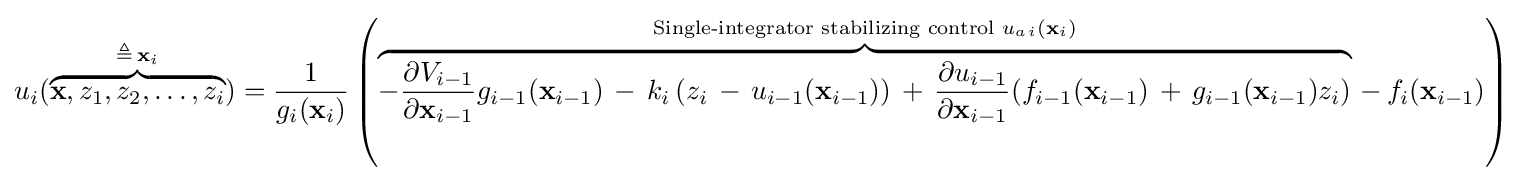
u_{i}(\overbrace {\mathbf {x} ,z_{1},z_{2},\dots ,z_{i}} ^{\triangleq \,\mathbf {x} _{i}})={\frac {1}{g_{i}(\mathbf {x} _{i})}}\left(\overbrace {-{\frac {\partial V_{i-1}}{\partial \mathbf {x} _{i-1}}}g_{i-1}(\mathbf {x} _{i-1})\,-\,k_{i}\left(z_{i}\,-\,u_{i-1}(\mathbf {x} _{i-1})\right)\,+\,{\frac {\partial u_{i-1}}{\partial \mathbf {x} _{i-1}}}(f_{i-1}(\mathbf {x} _{i-1})\,+\,g_{i-1}(\mathbf {x} _{i-1})z_{i})} ^{{\text{Single-integrator stabilizing control }}u_{a\;\!i}(\mathbf {x} _{i})}\,-\,f_{i}(\mathbf {x} _{i-1})\right)